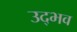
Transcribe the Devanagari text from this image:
उद्‌भव